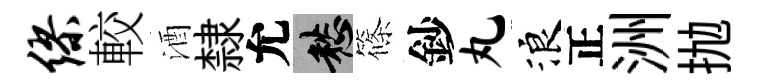
缪較酒隸允愁篠鈔丸浪正洲抛